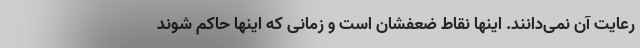
رعایت آن نمی‌دانند. اینها نقاط ضعفشان است و زمانی که اینها حاکم شوند